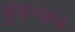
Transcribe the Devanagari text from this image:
कुंडल्यांचे